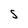
Character: S